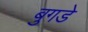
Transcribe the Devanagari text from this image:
बुगडे